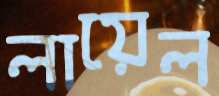
লায়েল